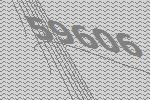
59606